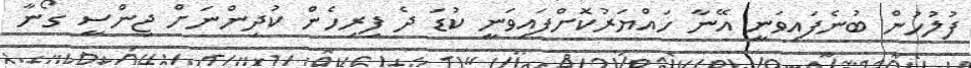
ފުލުހުން ބުނެފައިވަނީ އޭނާ ހައްޔަރުކޮށްފައިވަނީ ކުޑަ ދެ ފިރިހެން ކުދިންނަށް ޖިންސީ ގޯނާ